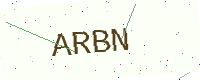
Text: ARBN